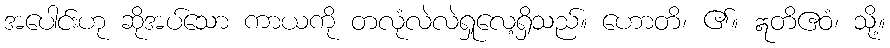
အပေါင်းဟု ဆိုအပ်သော ကာယကို တလုံလဲလဲရှုလေ့ရှိသည်။ ဟောတိ၊ ၏။ ဣတိဧဝံ၊ သို့။